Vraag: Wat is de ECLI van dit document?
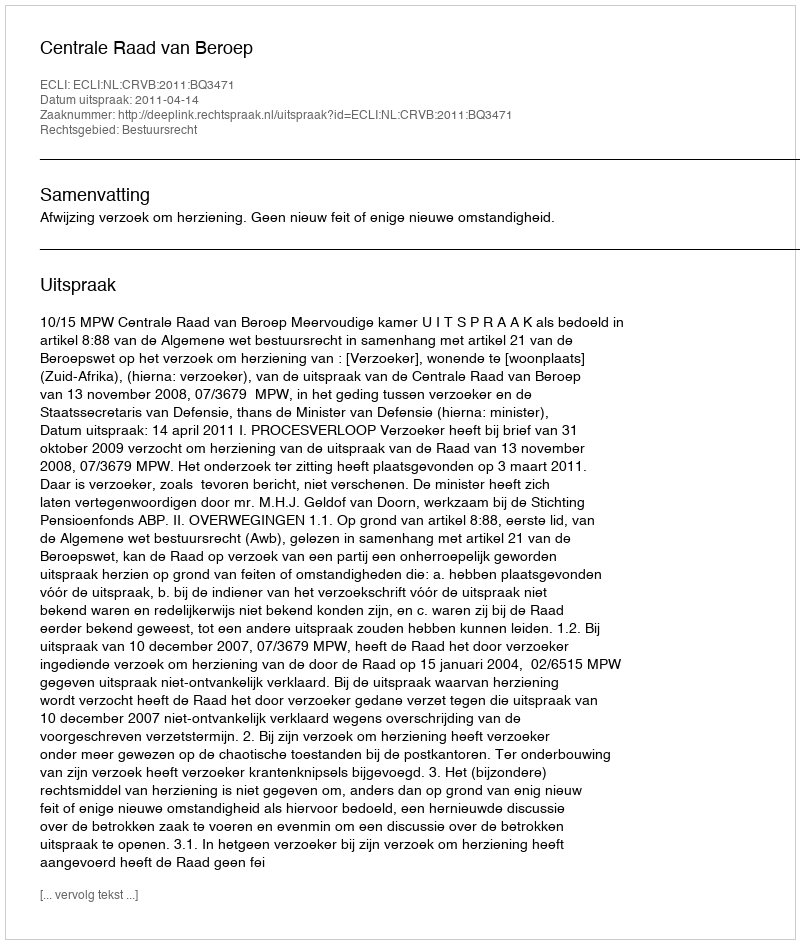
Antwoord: ECLI:NL:CRVB:2011:BQ3471